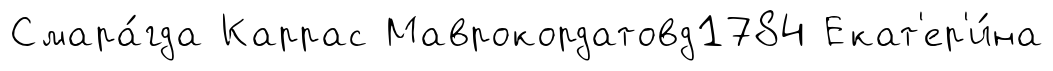
Смара́гда Каррас Маврокордатовд1784 Екат'ер'и́на